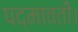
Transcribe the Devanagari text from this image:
पद्मावती।